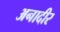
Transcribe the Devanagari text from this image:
अनादीर